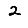
Digit: 2